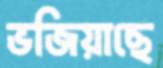
ভজিয়াছে